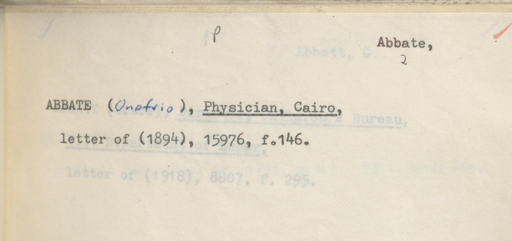
Label: content